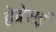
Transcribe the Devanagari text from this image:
हेब्रेसई